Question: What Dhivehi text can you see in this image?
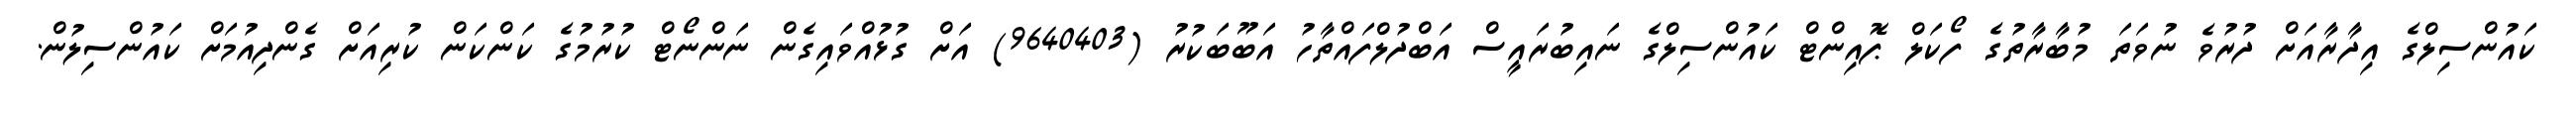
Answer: ކައުންސިލްގެ އިދާރާއަށް ދުރުވެ ނުވަތަ މުބާރާތުގެ ފޯކަލް ޕޮއިންޓް ކައުންސިލްގެ ނައިބުރައީސް އަބްދުލްފައްތާހު އަބޫބަކުރު (9640403) އަށް ގުޅުއްވައިގެން ނަންނޯޓް ކުރުމުގެ ކަންކަން ކުރިއަށް ގެންދިއުމަށް ކައުންސިލުން.